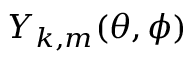
Y _ { k , m } ( \theta , \phi )